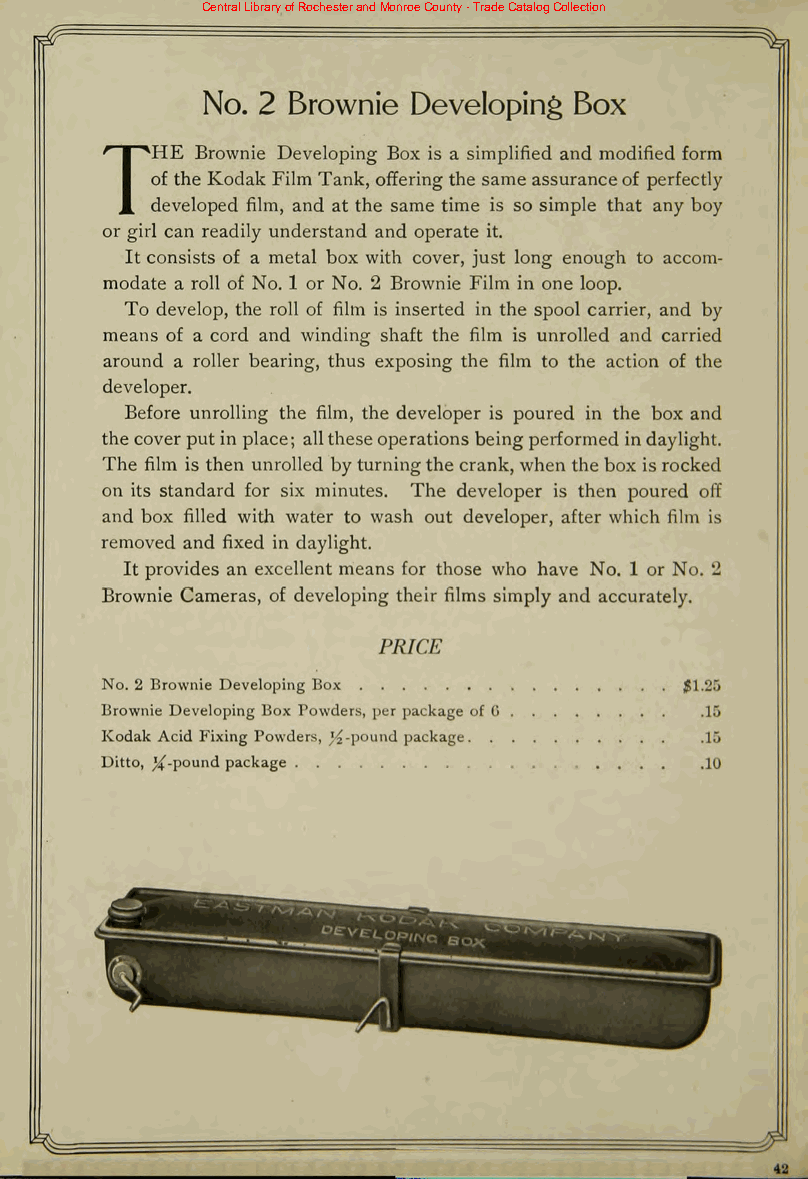
Central Library of Rochester and Monroe County - Trade Catalog Collection
 No. 2 Brownie Developing Box
 Brownie Developing Box is a simplified and modified form
 THE
 of the Kodak Film Tank, offering the same assuranceof perfectly
 developed film, and at the same time is so simple that any boy
 or girl can readily understand and operate it.
 It consists of a metal box with cover, just long enough to accom
 modate a roll of No. 1 or No. 2 Brownie Film in one loop.
 To develop, the roll of film is inserted in the spool carrier, and by
 means of a cord and winding shaft the film is unrolled and carried
 around a roller bearing, thus exposing the film to the action of the
 developer.
 Before unrolling the film, the developer is poured in the box and
 the coverputin place; alltheseoperations beingperformed indaylight.
 The film is then unrolled byturningthe crank,when thebox isrocked
 on its standard for six minutes. The developer is then poured off
 and box filled with water to wash out developer, after which film is
 removed and fixed in daylight.
 It provides an excellent means for those who have No. 1 or No. 2
 Brownie Cameras, of developing their films simply and accurately.
 PRICE
 No. 2 Brownie Developing Box          $1.25
 Brownie Developing Box Powders, per package of G .15
 Kodak Acid Fixing Powders, y2-pound package .15
 Ditto, %-\>ow\\(\ package               10
 ...